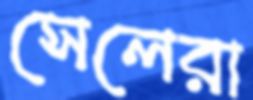
সেলেরা